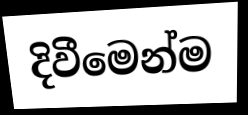
දිවීමෙන්ම